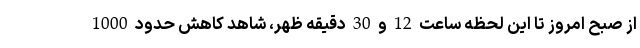
از صبح امروز تا این لحظه ساعت 12 و 30 دقیقه ظهر، شاهد کاهش حدود 1000